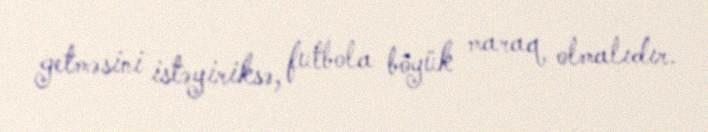
getməsini istəyiriksə, futbola böyük maraq olmalıdır.